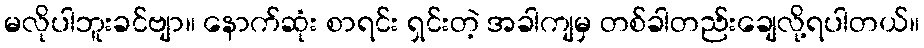
မလိုပါဘူးခင်ဗျာ။ နောက်ဆုံး စာရင်း ရှင်းတဲ့ အခါကျမှ တစ်ခါတည်းချေလို့ရပါတယ်။